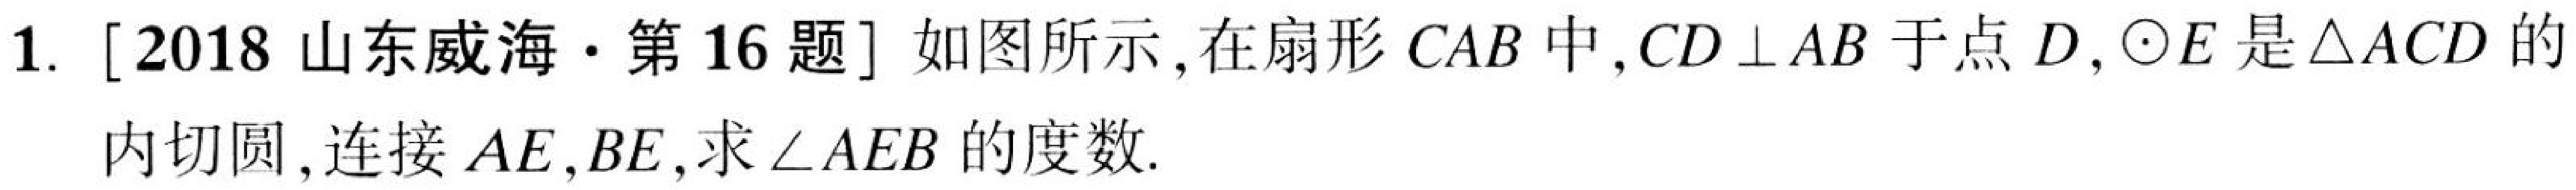
1. [2018山东威海·第16题]如图所示,在扇形\(CAB\)中,\(CD\perp AB\)于点\(D\),\(\odot E\)是\(\triangle ACD\)的
内切圆,连接\(AE,BE\),求\(\angle AEB\)的度数.